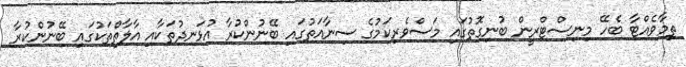
ތިމާވެއްޓާ ބެހޭ މިނިސްޓްރީން ބުނިގޮތުގައި މަސްވެރިކަމުގެ ސިނާއަތުގައި ބޭނުންކުރާ އުޅަނދުތަކާއި އާލާތްތަކުގައި ބޭނުންކުރާ